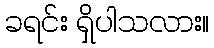
ခရင်း ရှိပါသလား။